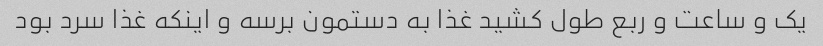
یک و ساعت و ربع طول کشید غذا به دستمون برسه و اینکه غذا سرد بود